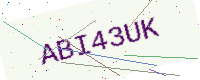
Text: ABI43UK